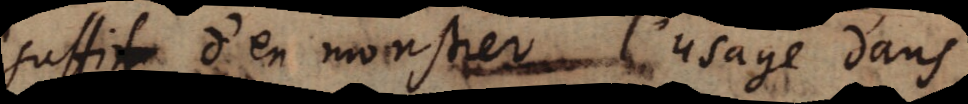
suffit d’en monstrer l’usage dans